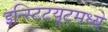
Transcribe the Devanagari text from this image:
इन्स्टिटयूटमध्ये